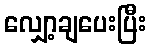
လျှော့ချပေးပြီး